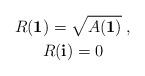
LaTeX: \begin{align*}\begin{gathered}R(\mathbf{1})=\sqrt{A(\mathbf{1})}\;,\\R(\mathbf{i})=0\end{gathered}\end{align*}